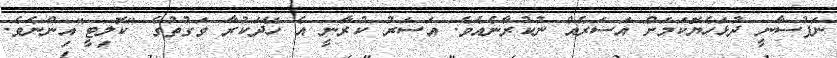
ނަފުސާނީ ދުޅަހެޔޮކަމަށް އަސަރެެއް ނުކުރާނެއެވެ. އަސަރު ކުރާނީ އެ ހޭދަކުރާ ވަގުތުގެ "ކޮލިޓީ"އިންނެވެ.